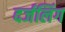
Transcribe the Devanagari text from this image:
दर्जलिंग